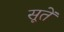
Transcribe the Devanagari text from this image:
सूतें